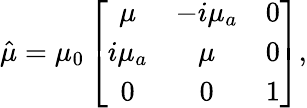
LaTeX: \hat{\mu}=\mu_{0}\left[\begin{array}{ccc}{{\mu}}&{{-i\mu_{a}}}&{{0}}\\ {{i\mu_{a}}}&{{\mu}}&{{0}}\\ {{0}}&{{0}}&{{1}}\end{array}\right],